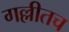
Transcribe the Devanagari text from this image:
गल्लीतच